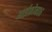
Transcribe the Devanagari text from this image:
आईफ़ोन०६